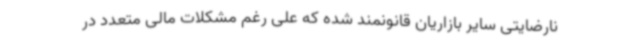
نارضایتی سایر بازاریان قانونمند شده که علی رغم مشکلات مالی متعدد در